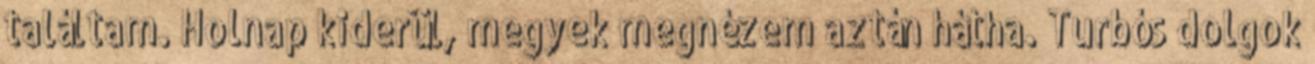
találtam. Holnap kiderül, megyek megnézem aztán hátha. Turbós dolgok